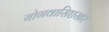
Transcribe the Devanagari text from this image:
योगवासिष्ठसार